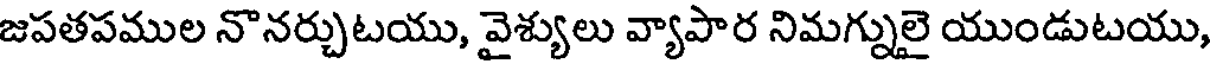
జపతపముల నొనర్చుటయు, వైశ్యులు వ్యాపార నిమగ్నులై యుండుటయు,